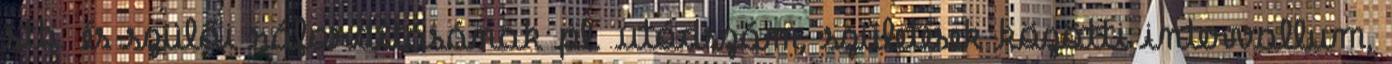
stb. és szülői ráfordításának pl. utódszám, születések közötti intervallum,